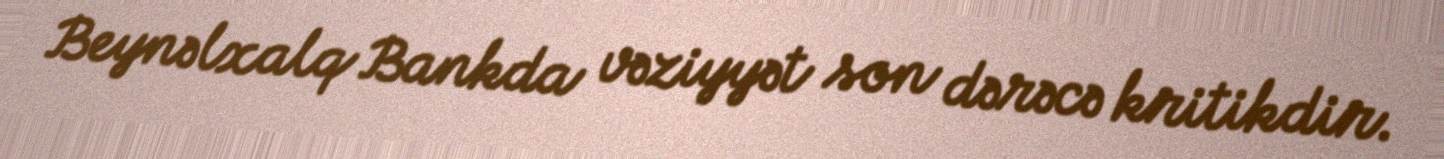
Beynəlxalq Bankda vəziyyət son dərəcə kritikdir.